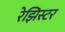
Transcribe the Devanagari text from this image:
रेझिस्टर